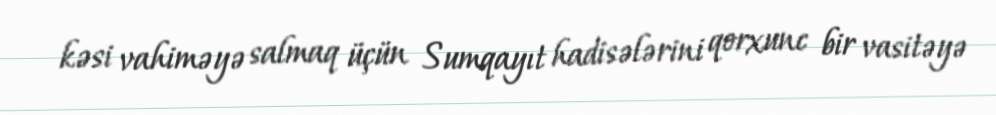
kəsi vahiməyə salmaq üçün Sumqayıt hadisələrini qorxunc bir vasitəyə